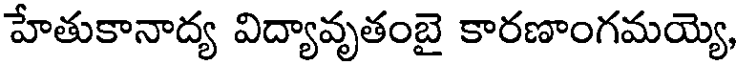
హేతుకానాద్య విద్యావృతంబై కారణాంగమయ్యె,